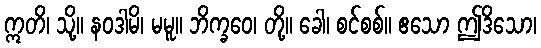
ဣတိ၊ သို့။ နဝဒါမိ၊ မမူ။ ဘိက္ခဝေ၊ တို့။ ခေါ၊ စင်စစ်။ ဧသော ဤဒိသော၊